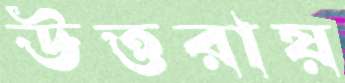
উত্তরায়